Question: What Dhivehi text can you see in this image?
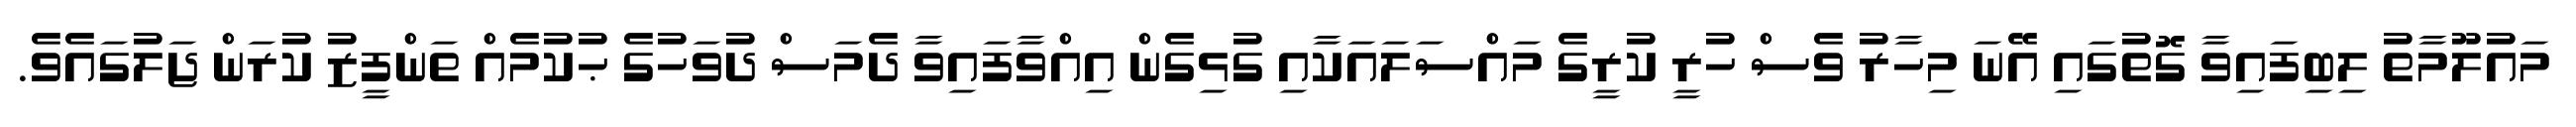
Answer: މައުލޫމާތު ލިބިފައިވާ ގޮތުގައި އޭނަ މިހާރު ވެސް ހުރީ ކުރީގެ މައްސަލައަކާއި ގުޅިގެން އިއްވާފައިވާ ދެމަސް ދުވަހުގެ ޙުކުމެއް ތަންފީޒު ކުރަން ޖަލުގައެވެ.